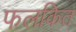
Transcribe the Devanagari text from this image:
फलकित